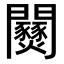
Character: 𨷹